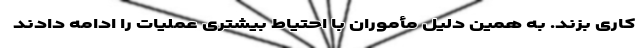
کاری بزند. به همین دلیل مأموران با احتیاط بیشتری عملیات را ادامه دادند